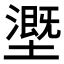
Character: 𡒖